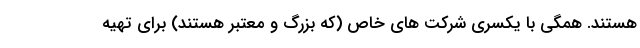
هستند. همگی با یکسری شرکت های خاص (که بزرگ و معتبر هستند) برای تهیه